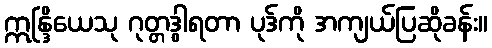
ဣန္ဒြိယေသု ဂုတ္တဒွါရတာ ပုဒ်ကို အကျယ်ပြဆိုခန်း။